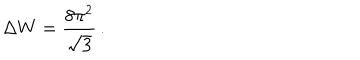
LaTeX: \Delta W = \frac { 8 \pi ^ { 2 } } { \sqrt { 3 } } \, .